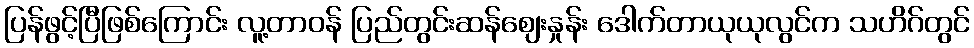
ပြန်ဖွင့်ပြီဖြစ်ကြောင်း လူ့တာဝန် ပြည်တွင်းဆန်ဈေးနှုန်း ဒေါက်တာယုယုလွင်က သဟိဂ်တွင်